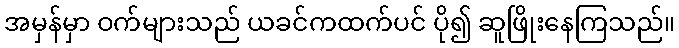
အမှန်မှာ ဝက်များသည် ယခင်ကထက်ပင် ပို၍ ဆူဖြိုးနေကြသည်။